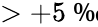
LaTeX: >+5\mathrm{~\textperthousand~}